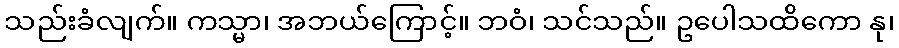
သည်းခံလျက်။ ကသ္မာ၊ အဘယ်ကြောင့်။ ဘဝံ၊ သင်သည်။ ဥပေါသထိကော နု၊